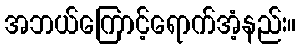
အဘယ်ကြောင့်ရောက်အံ့နည်း။